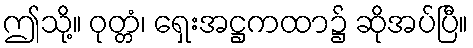
ဤသို့။ ဝုတ္တံ၊ ရှေးအဋ္ဌကထာ၌ ဆိုအပ်ပြီ။